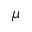
\mu